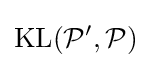
{\text{KL}}({\mathcal {P}}',{\mathcal {P}})